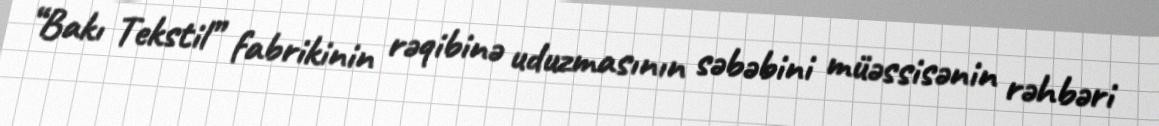
“Bakı Tekstil” fabrikinin rəqibinə uduzmasının səbəbini müəssisənin rəhbəri